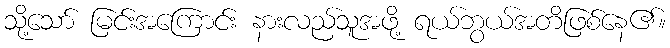
သို့သော် မြင်းအကြောင်း နားလည်သူအဖို့ ရယ်ဘွယ်အတိဖြစ်နေ၏။